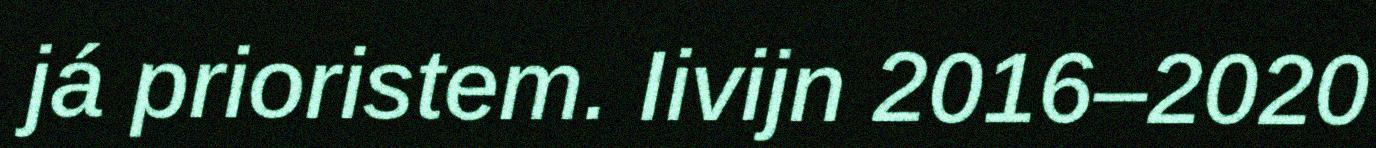
já prioristem. Iivijn 2016–2020